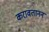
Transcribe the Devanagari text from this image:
करावतानन